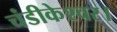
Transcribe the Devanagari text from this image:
चंडीकेश्वर।